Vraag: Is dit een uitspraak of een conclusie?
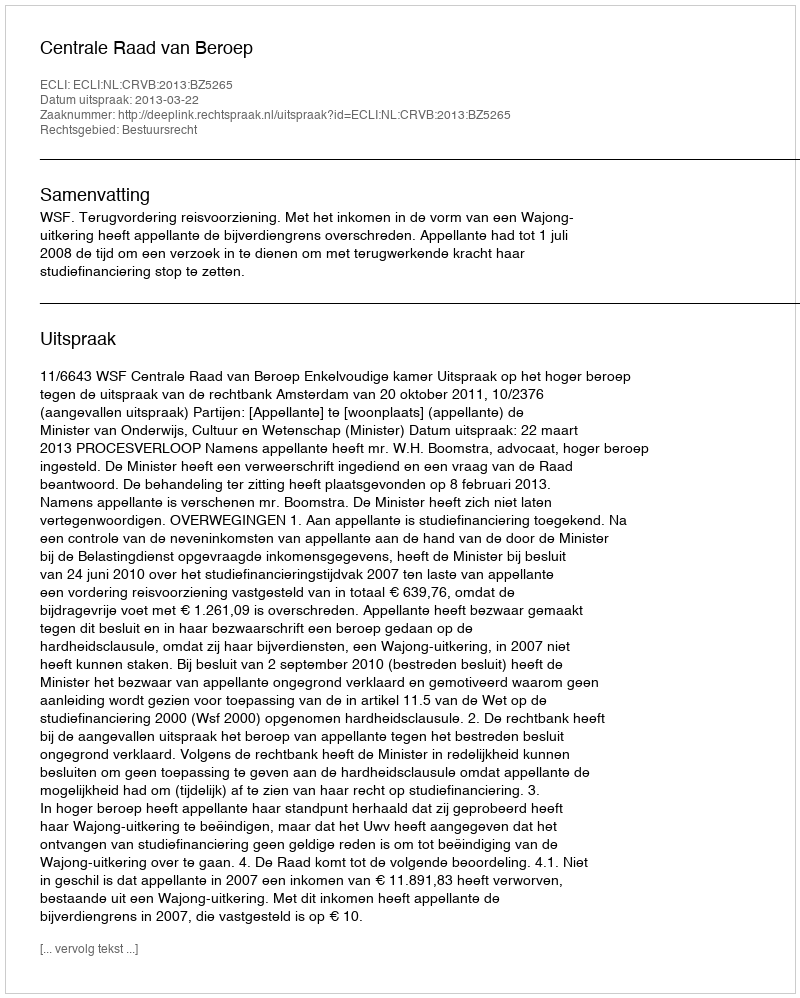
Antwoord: Uitspraak